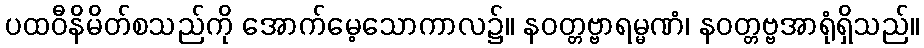
ပထဝီနိမိတ်စသည်ကို အောက်မေ့သောကာလ၌။ နဝတ္တဗ္ဗာရမ္မဏံ၊ နဝတ္တဗ္ဗအာရုံရှိသည်။